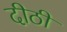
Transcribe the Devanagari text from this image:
दीठी